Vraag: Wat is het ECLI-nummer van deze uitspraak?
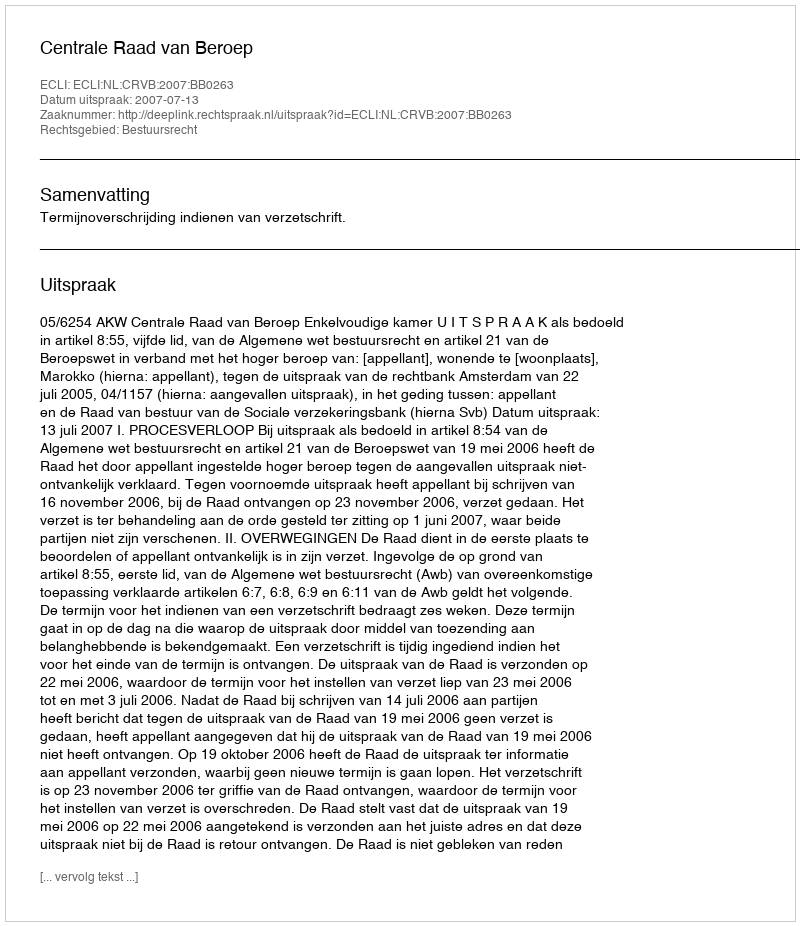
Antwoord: ECLI:NL:CRVB:2007:BB0263